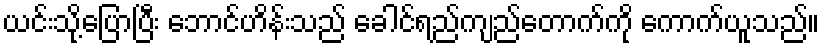
ယင်းသို့ပြောပြီး ဘောင်ဟိန်းသည် ခေါင်ရည်ကျည်တောက်ကို ကောက်ယူသည်။